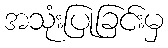
အသုံးပြုခြင်းမှ